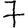
Digit: 7